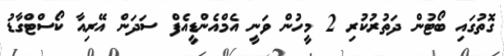
ގޮތުގައި ބޯޓުން ދަތުރުކުރި 2 މީހުން ވަނީ އެމްއެންޑީއެފް ސަދަން އޭރިއާ ކޯސްޓްގާޑު